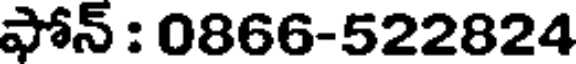
ఫోన్ : 0866-522824